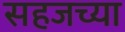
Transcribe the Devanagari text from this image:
सहजच्या